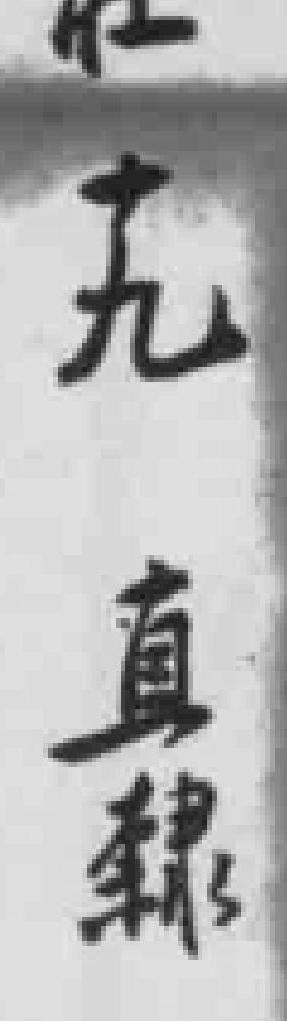
十九直隸